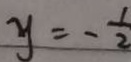
y = - \frac { 1 } { 2 }